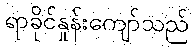
ရာခိုင်နှုန်းကျော်သည်